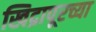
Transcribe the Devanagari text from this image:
खिद्रापूरच्या